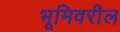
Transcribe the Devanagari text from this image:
भूमिवरील